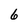
Character: 6